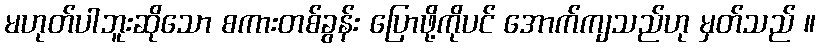
မဟုတ်ပါဘူးဆိုသော စကားတစ်ခွန်း ပြောဖို့ကိုပင် အောက်ကျသည်ဟု မှတ်သည် ။